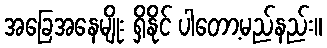
အခြေအနေမျိုး ရှိနိုင် ပါတော့မည်နည်း။